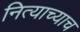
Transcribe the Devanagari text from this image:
नित्याच्याच